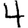
Digit: 4